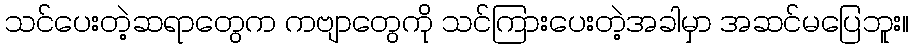
သင်ပေးတဲ့ဆရာတွေက ကဗျာတွေကို သင်ကြားပေးတဲ့အခါမှာ အဆင်မပြေဘူး။